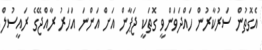
އެގޮތުން ސަރުކާރުން ހައްދަވަންވީ ގޮތަކީ ޖަޕާން އަށް އަންނަ އަހަރު ރާއްޖޭގެ ރައީސުލް